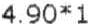
4.90*1